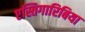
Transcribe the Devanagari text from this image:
एस्तिगारिबिया